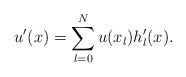
\begin{align*}u'(x)=\sum_{l=0}^N u(x_l) h_l'(x).\end{align*}